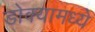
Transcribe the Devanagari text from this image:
डोक्यामध्ये